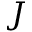
J